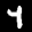
Label: 4